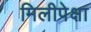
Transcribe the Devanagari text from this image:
मिलीपेक्षा